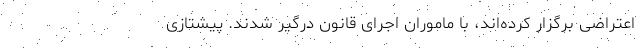
اعتراضی برگزار کرده‌اند، با ماموران اجرای قانون درگیر شدند. پیشتازی